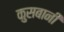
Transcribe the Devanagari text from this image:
कुसबानी